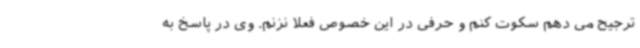
ترجیح می دهم سکوت کنم و حرفی در این خصوص فعلا نزنم. وی در پاسخ به